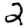
Digit: 2